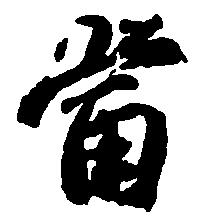
当